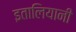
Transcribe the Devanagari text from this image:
इतालियानी